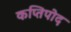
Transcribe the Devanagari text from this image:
कप्तिपोद